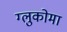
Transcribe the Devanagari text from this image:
ग्लुकोमा